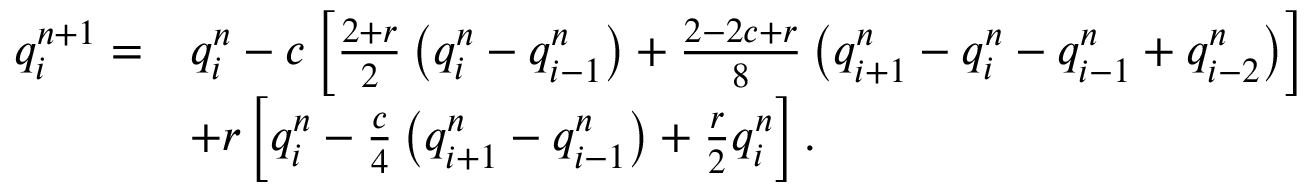
\begin{array} { r l } { q _ { i } ^ { n + 1 } = } & { q _ { i } ^ { n } - c \left[ \frac { 2 + r } { 2 } \left( q _ { i } ^ { n } - q _ { i - 1 } ^ { n } \right) + \frac { 2 - 2 c + r } { 8 } \left( q _ { i + 1 } ^ { n } - q _ { i } ^ { n } - q _ { i - 1 } ^ { n } + q _ { i - 2 } ^ { n } \right) \right] } \\ & { + r \left[ q _ { i } ^ { n } - \frac { c } { 4 } \left( q _ { i + 1 } ^ { n } - q _ { i - 1 } ^ { n } \right) + \frac { r } { 2 } q _ { i } ^ { n } \right] . } \end{array}